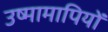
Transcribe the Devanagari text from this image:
उष्मामापियों